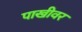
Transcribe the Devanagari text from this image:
पाखीवर